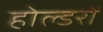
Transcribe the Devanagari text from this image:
होल्डरों